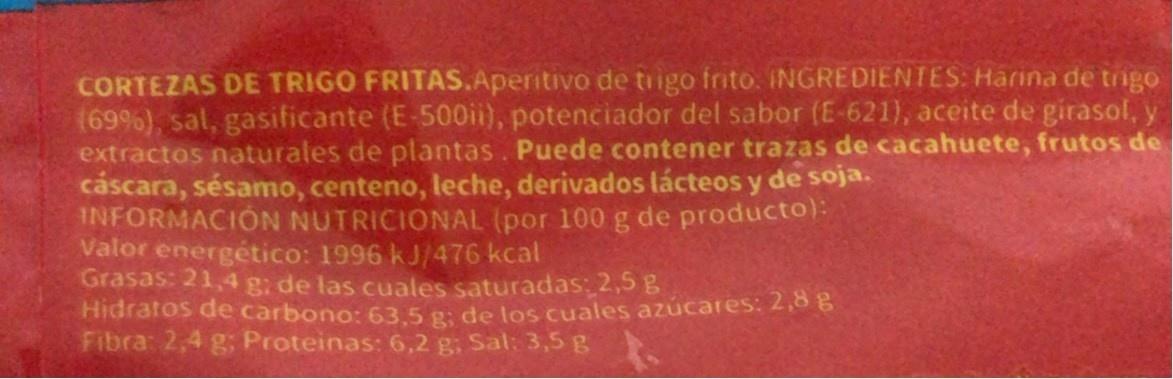
CORTEZAS DE TRIGO FRITAS.Aperitivo de trigo frito. INGREDIENTES: Harina de tigo (69%), sal, gasificante (E-500ii), potenciador del sabor (E-621), aceite de girasol, y extractos naturales de plantas. Puede contener trazas de cacahuete, frutos de cascara, sésamo, centeno, leche, derivados lácteos y de soja. INFORMACIÓN NUTRICIONAL (por 100 g de producto): Valor energético: 1996 kJ/476 kcal Grasas: 21,4 g: de las cuales saturadas; 2,5 B Hidratos de carbono: 63.5 g: de los cuales azúcares: 2,8 Fibra: 2,4 g; Proteinas: 6,2 g; Sal: 3,5 g